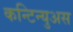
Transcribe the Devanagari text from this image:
कन्टिन्युअस